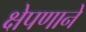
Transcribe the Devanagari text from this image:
क्षेपणाने